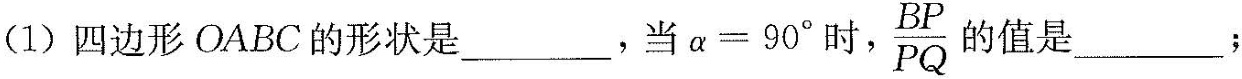
(1)四边形OABC的形状是____，当$$a=90^{\circ}$$时，\frac{BP}{PQ} 的值是___;